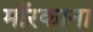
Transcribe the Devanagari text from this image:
मॉरकाना